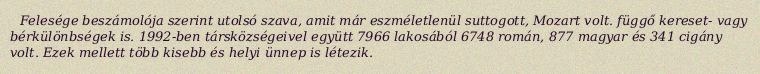
Felesége beszámolója szerint utolsó szava, amit már eszméletlenül suttogott, Mozart volt. függő kereset- vagy bérkülönbségek is. 1992-ben társközségeivel együtt 7966 lakosából 6748 román, 877 magyar és 341 cigány volt. Ezek mellett több kisebb és helyi ünnep is létezik.